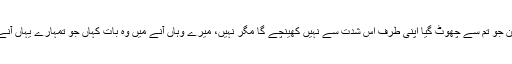
تمہارا وطن جو تم سے چھوٹ گیا اپنی طرف اس شدت سے نہیں کھینچے گا مگر نہیں، میرے وہاں آنے میں وہ بات کہاں جو تمہارے یہاں آنے میں ہے۔